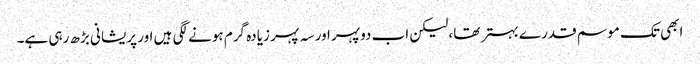
ابھی تک موسم قدرے بہتر تھا ،لیکن اب دوپہر اور سہ پہر زیادہ گرم ہونے لگی ہیں اور پریشانی بڑھ رہی ہے۔